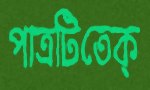
পাত্রটিতেক্